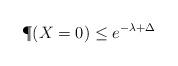
LaTeX: \begin{align*}\P(X=0) \le e^{-\lambda + \Delta}\end{align*}